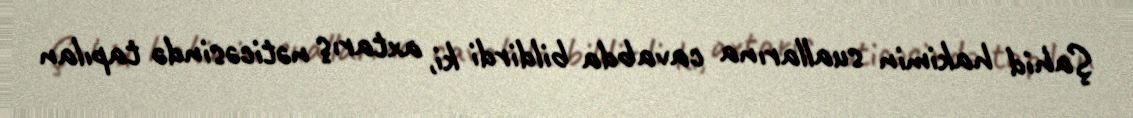
Şahid hakimin suallarına cavabda bildirdi ki, axtarış nəticəsində tapılan